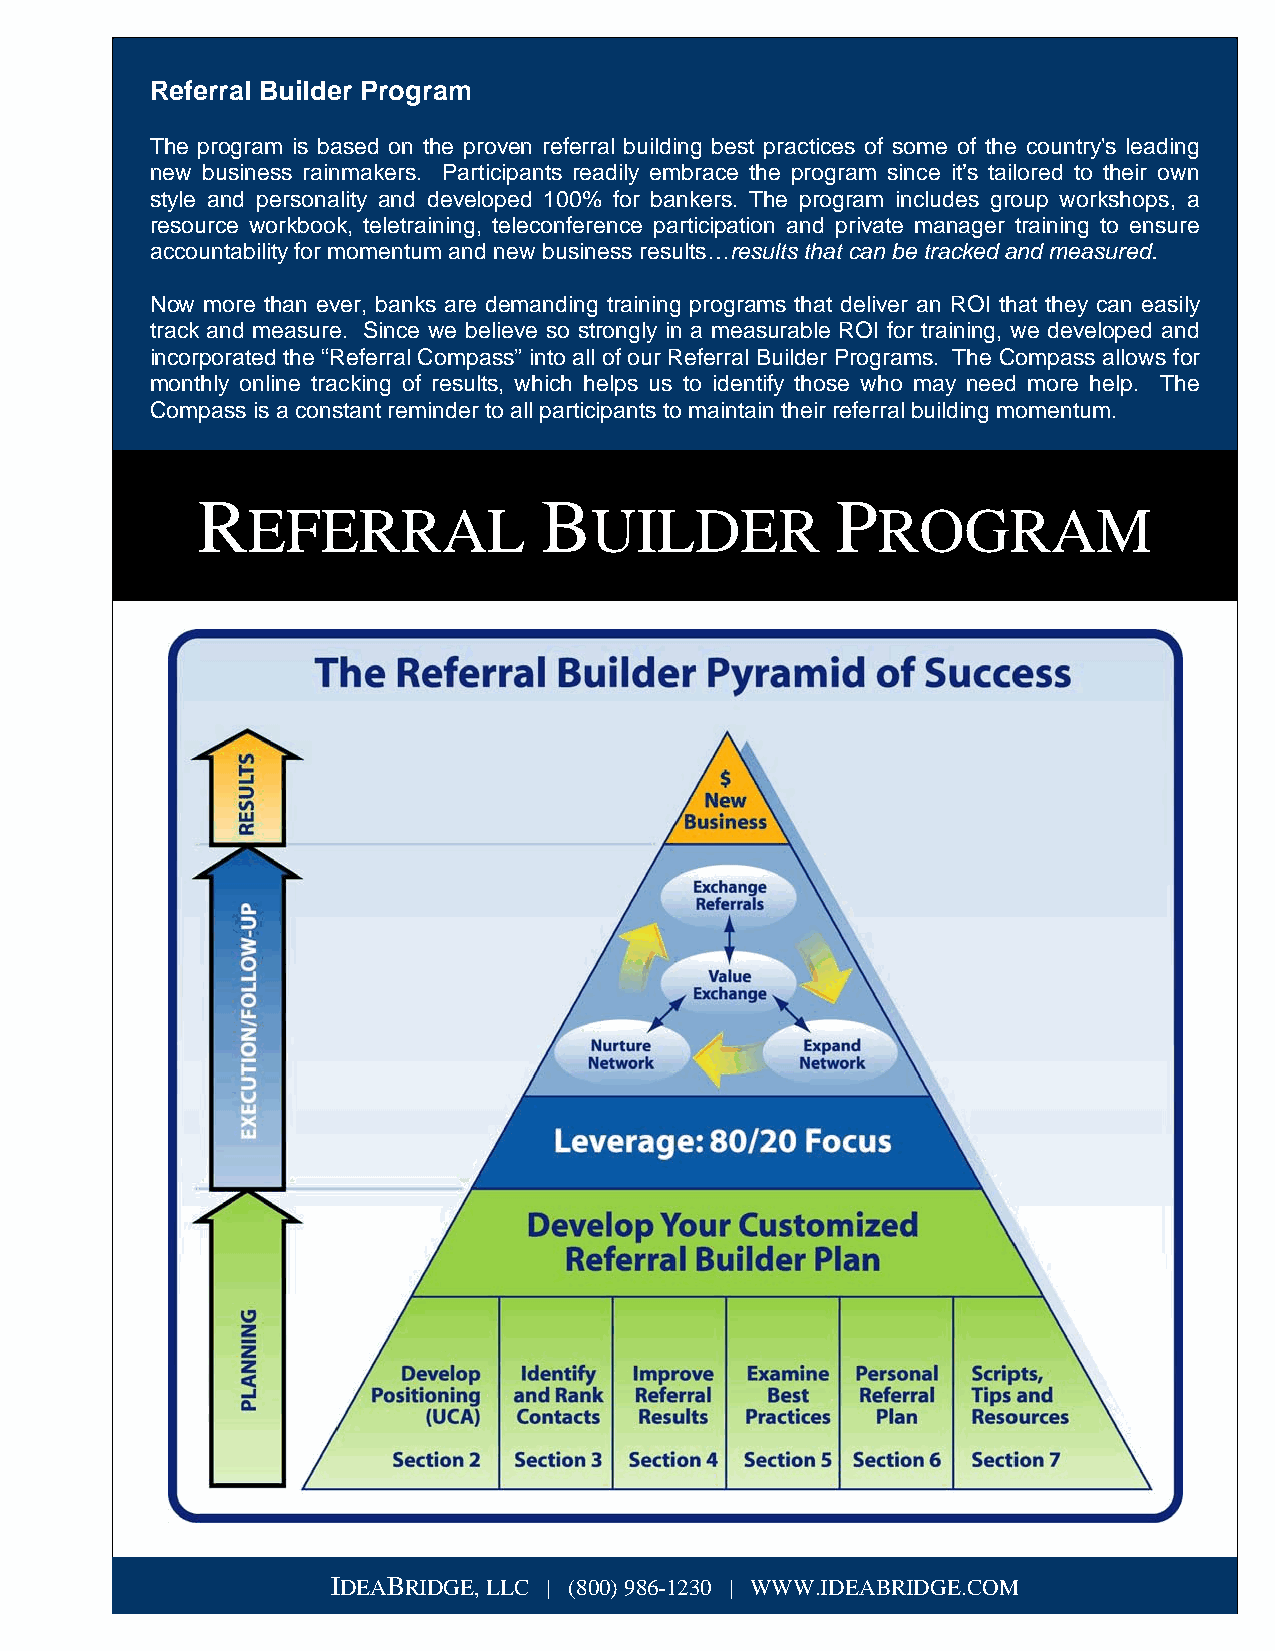
Referral Builder Program
 The program is based on the proven referral building best practices of some of the country's leading
 new business rainmakers. Participants readily embrace the program since it’s tailored to their own
 style and personality and developed 100% for bankers. The program includes group workshops, a
 resource workbook, teletraining, teleconference participation and private manager training to ensure
 accountability for momentum and new business results…results that can be tracked and measured.
 Now more than ever, banks are demanding training programs that deliver an ROI that they can easily
 track and measure. Since we believe so strongly in a measurable ROI for training, we developed and
 incorporated the “Referral Compass” into all of our Referral Builder Programs. The Compass allows for
 monthly online tracking of results, which helps us to identify those who may need more help. The
 Compass is a constant reminder to all participants to maintain their referral building momentum.
 R                      B                  P
 EFERRAL                UILDER             ROGRAM
 IDEABRIDGE, LLC | (800) 986-1230 | WWW.IDEABRIDGE.COM